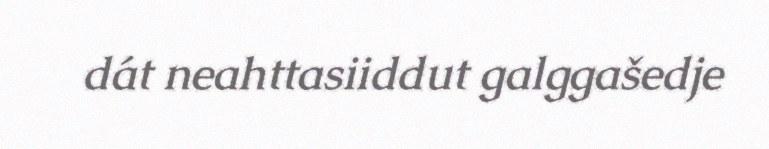
dát neahttasiiddut galggašedje